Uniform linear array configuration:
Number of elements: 12
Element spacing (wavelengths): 0.75
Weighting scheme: kaiser
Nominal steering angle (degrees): -45
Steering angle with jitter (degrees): -44.748
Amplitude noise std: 0.05
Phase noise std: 0.05

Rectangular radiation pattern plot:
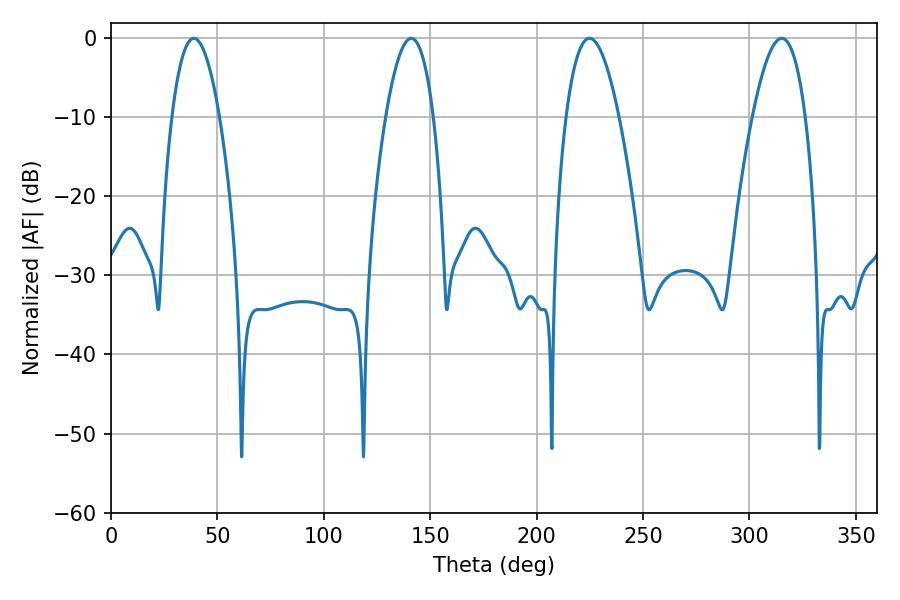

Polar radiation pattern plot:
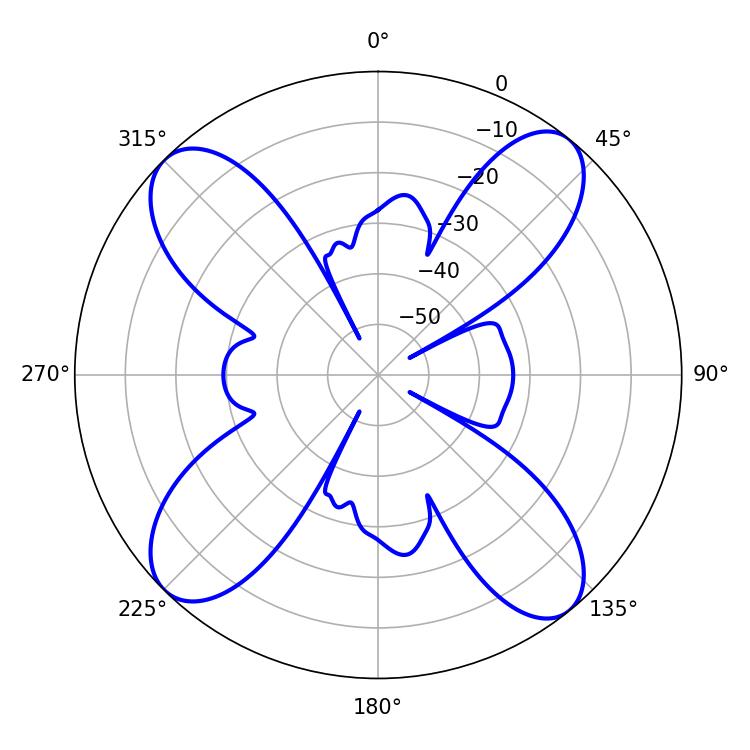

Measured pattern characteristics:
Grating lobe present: TRUE
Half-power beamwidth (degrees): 13.5
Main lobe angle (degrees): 315.18